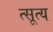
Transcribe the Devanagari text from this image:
त्सूत्य